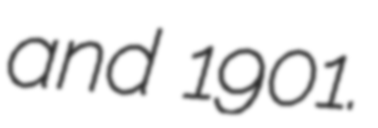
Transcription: and 1901.